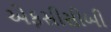
એફસીસીબી